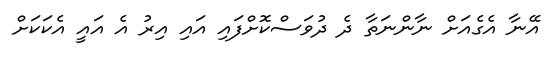
އޭނާ އެގެއަށް ނާންނަތާ ދެ ދުވަސްކޮށްފައި އައި އިރު އެ އައީ އެކަކަށް